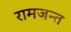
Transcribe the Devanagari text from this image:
रामजन्त